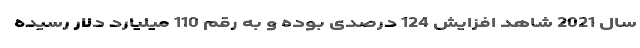
سال 2021 شاهد افزایش 124 درصدی بوده و به رقم 110 میلیارد دلار رسیده